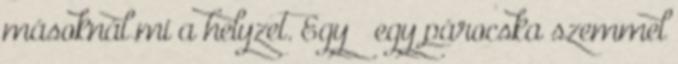
másoknál mi a helyzet. Egy – egy párocska szemmel